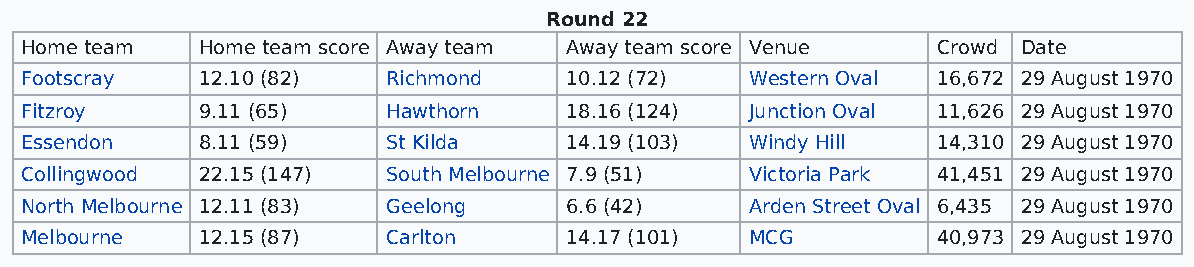
Round 22
 Home team   Home team score Away team Away team score Venue  Crowd Date
 Footscray   12.10 (82)   Richmond   10.12 (72)   Western Oval 16,672 29 August 1970
 Fitzroy     9.11 (65)    Hawthorn   18.16 (124)  Junction Oval 11,626 29 August 1970
 Essendon    8.11 (59)    St Kilda   14.19 (103)  Windy Hill  14,310 29 August 1970
 Collingwood 22.15 (147)  South Melbourne 7.9 (51) Victoria Park 41,451 29 August 1970
 North Melbourne 12.11 (83) Geelong  6.6 (42)     Arden Street Oval 6,435 29 August 1970
 Melbourne   12.15 (87)   Carlton    14.17 (101)  MCG         40,973 29 August 1970